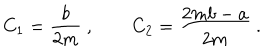
LaTeX: C _ { 1 } = \frac { b } { 2 m } \ , \qquad C _ { 2 } = \frac { 2 m b - a } { 2 m } \ .